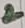
Text: 2